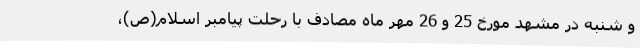
و شنبه در مشهد مورخ 25 و 26 مهر ماه مصادف با رحلت پیامبر اسلام(ص)،